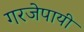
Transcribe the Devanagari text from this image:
गरजेपायी